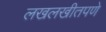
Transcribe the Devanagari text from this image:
लखलखीतपणे